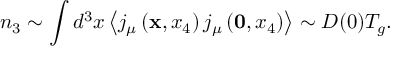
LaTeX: n _ { 3 } \sim \int d ^ { 3 } x \left< j _ { \mu } \left( { \bf x } , x _ { 4 } \right) j _ { \mu } \left( { \bf 0 } , x _ { 4 } \right) \right> \sim { \cal D } ( 0 ) T _ { g } .